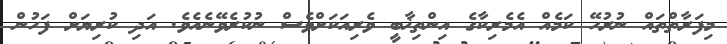
މިފަރާތްތައް ނުރުހޭ ކަމެއް އެމެރިކާގެ އިންތިޚާބީ ވެރިއަކަށްވެސް ނުކުރެވޭނެއެވެ. އަދި ކުރިޔަށް ފަހުން